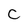
Character: C